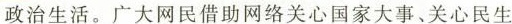
政治生活。广大网民借助网络关心国家大事、关心民生